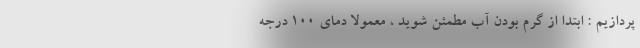
پردازیم : ابتدا از گرم بودن آب مطمئن شوید ، معمولا دمای 100 درجه